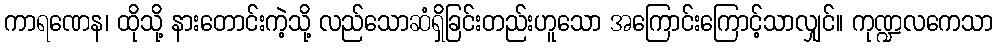
ကာရဏေန၊ ထိုသို့ နားတောင်းကဲ့သို့ လည်သောဆံရှိခြင်းတည်းဟူသော အကြောင်းကြောင့်သာလျှင်။ ကုဏ္ဍလကေသာ